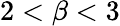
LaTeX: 2<\beta<3